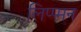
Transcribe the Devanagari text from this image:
लिप्प्मन